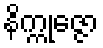
နိက္ကုဇ္ဇော